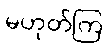
မဟုတ်ကြ